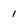
Character: 1